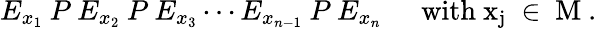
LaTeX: E_{x_{1}}\: P\: E_{x_{2}}\: P\: E_{x_{3}}\cdots E_{x_{n-1}}\: P\: E_{x_{n}}\; \; \; \; \; {\mathrm{with~x_{j}~\in~M~.}}